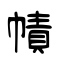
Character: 幘